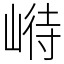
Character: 崻